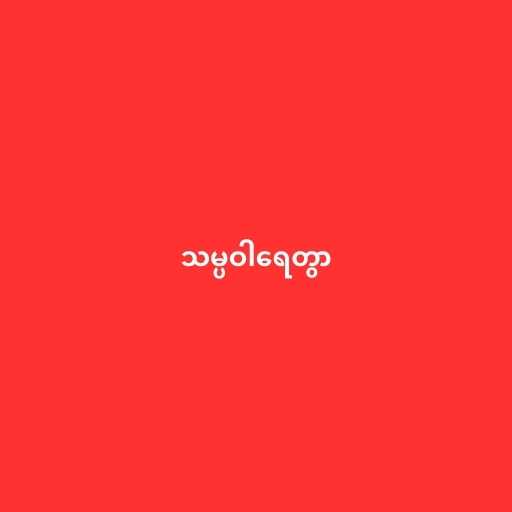
သမ္ပဝါရေတွာ